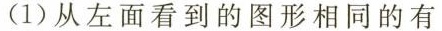
(1)从左面看到的图形相同的有